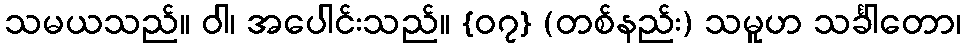
သမယသည်။ ဝါ၊ အပေါင်းသည်။ {၀၇} (တစ်နည်း) သမူဟ သင်္ခါတော၊